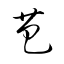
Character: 芭